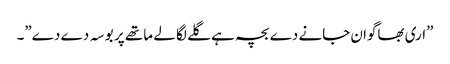
”اری بھاگوان جانے دے بچہ ہے گلے لگا لے ما تھے پر بو سہ دے دے”۔